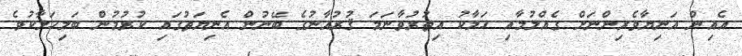
އެއިން އަނިޔާވެރިންނަށް ގެއްލުމާއި ހަލާކު އިތުރުވާނަމަ ޤުރުއާނުގެ ބޭނުން އެނިޔަތުގައި ކުރުމުން ބަލިހަލާކުވެ